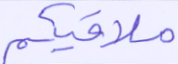
ملاقيكم